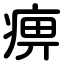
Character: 痹